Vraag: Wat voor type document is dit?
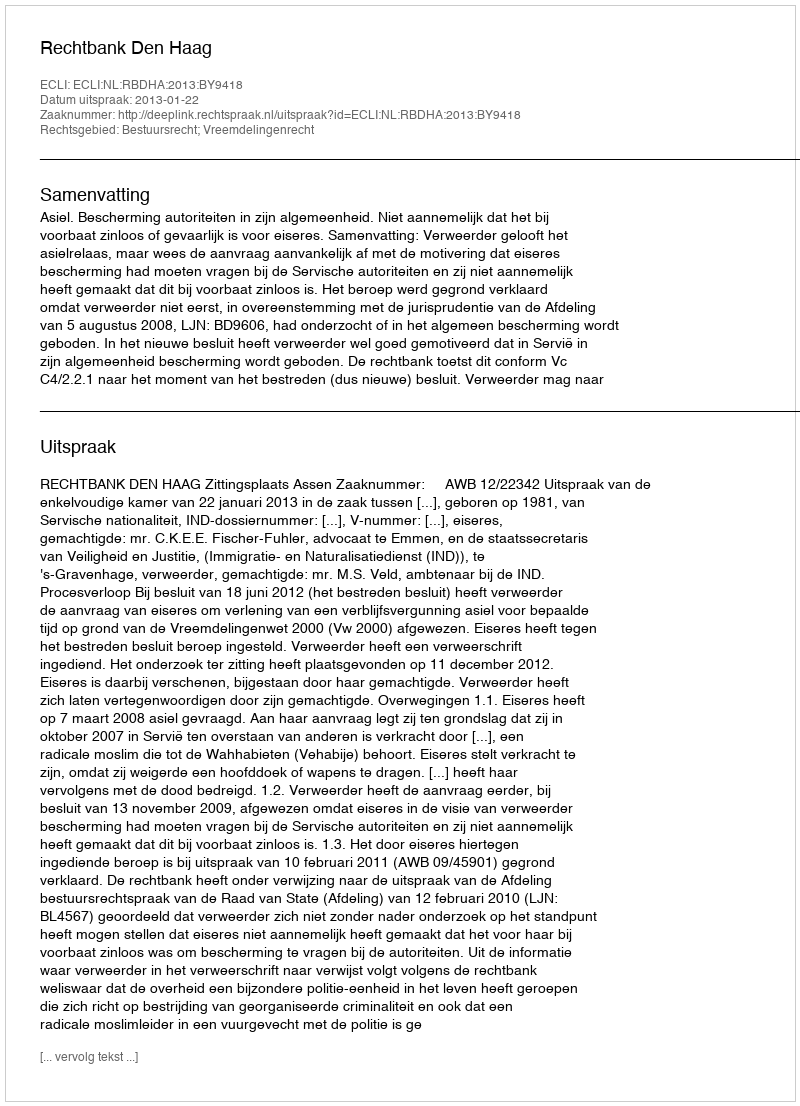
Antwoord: Uitspraak